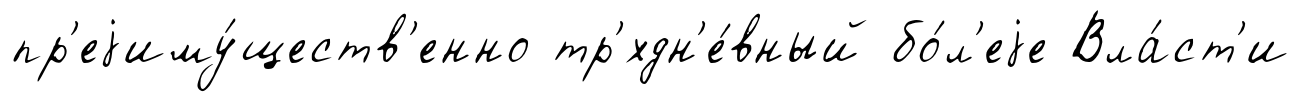
пр'еjиму́ществ'енно тр'хдн'е́вный бо́л'еjе Вла́ст'и